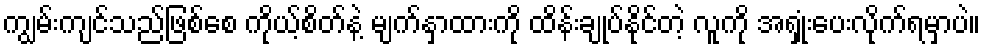
ကျွမ်းကျင်သည်ဖြစ်စေ ကိုယ့်စိတ်နဲ့ မျက်နှာထားကို ထိန်းချုပ်နိုင်တဲ့ လူကို အရှုံးပေးလိုက်ရမှာပဲ။